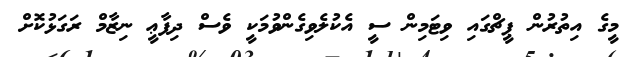
މީގެ އިތުރުން ޕީޗްގައި ވިޓަމިން ސީ އެކުލެވިގެންވުމަކީ ވެސް ދިފާޢީ ނިޒާމް ރަގަޅުކޮށް